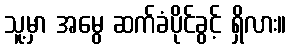
သူ့မှာ အမွေ ဆက်ခံပိုင်ခွင့် ရှိလား။